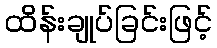
ထိန်းချုပ်ခြင်းဖြင့်